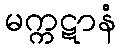
မက္ကဋာနံ